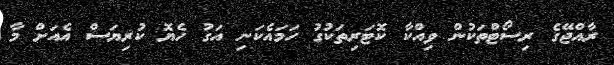
ރާއްޖޭގެ ރިސޯޓްތަކުން ވިއްކާ ކޮޓަރިތަކުގު ހަމައެކަނި އަގު ހެޔޮ ކުރިޔަސް އެއަށް މާ